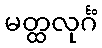
မတ္ထလုင်္ဂံ